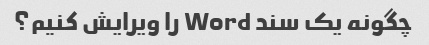
چگونه یک سند Word را ویرایش کنیم؟